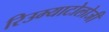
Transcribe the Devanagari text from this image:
रिउम्याटोलोजी